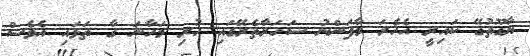
ޔާގޫތުގޭ ކައިރީ އެހެރަ މާފަންނު ސަހަރާތެރޭގައި ހުރި މަހާނަ ގާ ތަޅައި އެވެސް